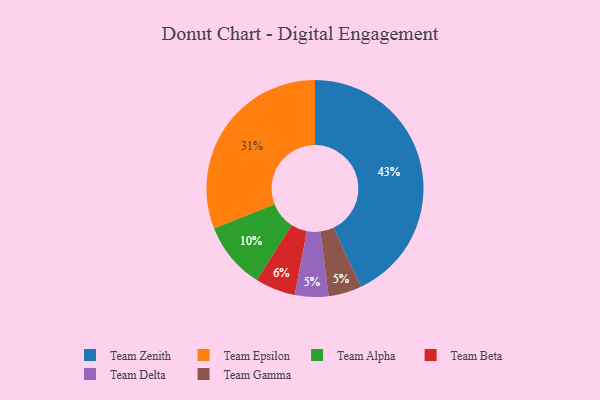
{"axis": {"x": "Category", "y": "Percentage"}, "legend": ["Team Alpha", "Team Beta", "Team Delta", "Team Epsilon", "Team Gamma", "Team Zenith"], "data": [{"x": "Team Delta", "y": 5, "type": "Team Delta"}, {"x": "Team Alpha", "y": 10, "type": "Team Alpha"}, {"x": "Team Epsilon", "y": 31, "type": "Team Epsilon"}, {"x": "Team Beta", "y": 6, "type": "Team Beta"}, {"x": "Team Gamma", "y": 5, "type": "Team Gamma"}, {"x": "Team Zenith", "y": 43, "type": "Team Zenith"}]}